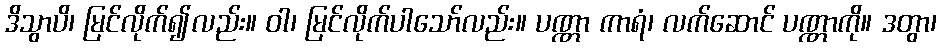
ဒိသွာပိ၊ မြင်လိုက်၍လည်း။ ဝါ၊ မြင်လိုက်ပါသော်လည်း။ ပဏ္ဏာ ကာရံ၊ လက်ဆောင် ပဏ္ဏာကို။ ဒတွာ၊